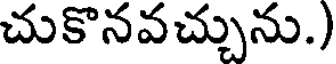
చుకొనవచ్చును.)